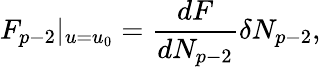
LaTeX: F_{p-2}|_{u=u_{0}}=\frac{dF}{dN_{p-2}}\delta N_{p-2},